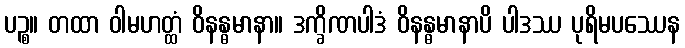
ပဉ္စ။ တထာ ဝါမဟတ္ထံ ဝိနန္ဓမာနာ။ ဒက္ခိဏပါဒံ ဝိနန္ဓမာနာပိ ပါဒဿ ပုရိမပဿေန